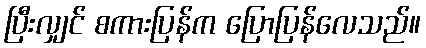
ပြီးလျှင် စကားပြန်က ပြောပြန်လေသည်။